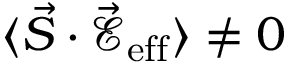
\langle \vec { S } \cdot \mathcal { \vec { E } } _ { \mathrm { e f f } } \rangle \neq 0